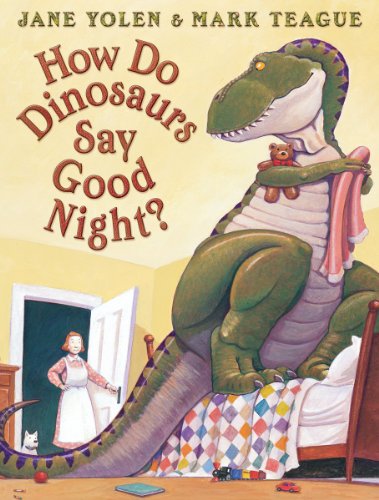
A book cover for How Do Dinosaurs Say Good Night?; Jane Yolen; Children's Books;